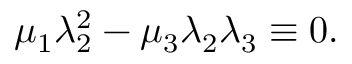
\mu _ { 1 } \lambda _ { 2 } ^ { 2 } - \mu _ { 3 } \lambda _ { 2 } \lambda _ { 3 } \equiv 0 .